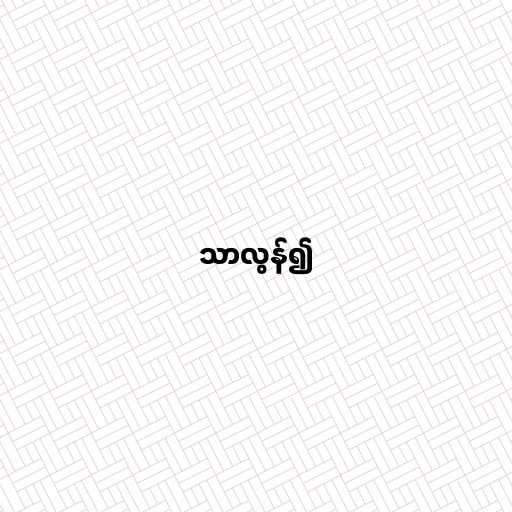
သာလွန်၍